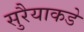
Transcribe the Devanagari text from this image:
सुरैयाकडे